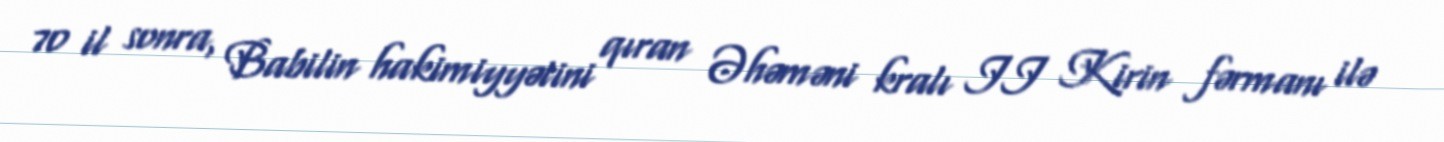
70 il sonra, Babilin hakimiyyətini qıran Əhəməni kralı II Kirin fərmanı ilə